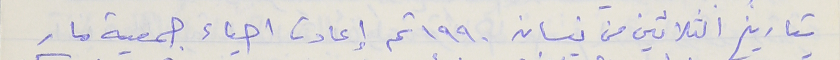
بتاريخ الثلاثين من نيسان ١٩٩٠ تم إعادت احياء جمعية مار